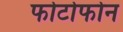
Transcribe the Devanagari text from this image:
फोटोफोन